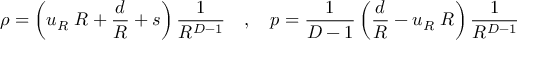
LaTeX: \rho = \left( u _ { R } \; R + { \frac { d } { R } } + s \right) { \frac { 1 } { R ^ { D - 1 } } } ~ ~ ~ , ~ ~ ~ p = { \frac { 1 } { D - 1 } } \left( { \frac { d } { R } } - u _ { R } \; R \right) { \frac { 1 } { R ^ { D - 1 } } }